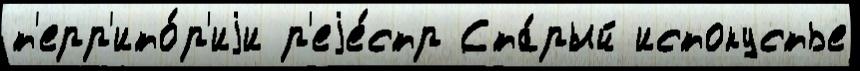
т'ерр'ито́р'иjи р'еjе́стр Ста́рый истокустье